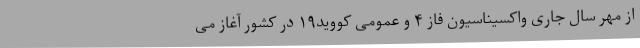
از مهر سال جاری واکسیناسیون فاز ۴ و عمومی کووید۱۹ در کشور آغاز می